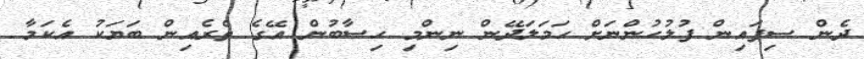
ދެން ސިފައިން ފުލުހުންނަށް ހަމަލަދޭން ނިންމި ހިސާބުން އޭގެ ތެރެއިން ބަޔަކު އެކަމާ